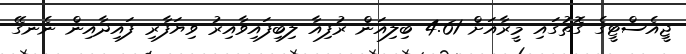
ޖީއެސްޓީގެ ގޮތުގައި މީރާއަށް 4.61 ބިލިއަން ރުފިއާ ލިބިފައިވާއިރު ވިޔަފާރި ފައިދާއިން ނެނގޭ